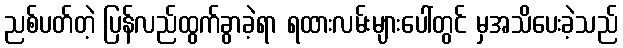
ညစ်ပတ်တဲ့ ပြန်လည်ထွက်ခွာခဲ့ရာ ရထားလမ်းများပေါ်တွင် မှအသိပေးခဲ့သည်